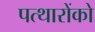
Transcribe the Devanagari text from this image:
पत्थारोंको